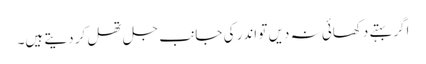
اگر بہتے دکھائی نہ دیں تو اندر کی جانب جل تھل کر دیتے ہیں۔